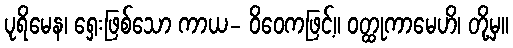
ပုရိမေန၊ ရှေးဖြစ်သော ကာယ- ဝိဝေကဖြင့်။ ဝတ္ထုကာမေဟိ၊ တို့မှ။